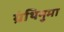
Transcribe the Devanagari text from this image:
ग्रंथिनुमा